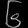
Digit: ၆